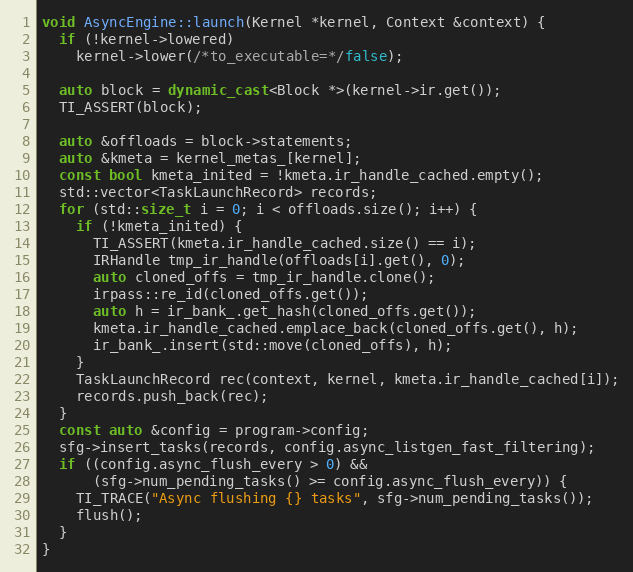
Language: C++
void AsyncEngine::launch(Kernel *kernel, Context &context) {
  if (!kernel->lowered)
    kernel->lower(/*to_executable=*/false);

  auto block = dynamic_cast<Block *>(kernel->ir.get());
  TI_ASSERT(block);

  auto &offloads = block->statements;
  auto &kmeta = kernel_metas_[kernel];
  const bool kmeta_inited = !kmeta.ir_handle_cached.empty();
  std::vector<TaskLaunchRecord> records;
  for (std::size_t i = 0; i < offloads.size(); i++) {
    if (!kmeta_inited) {
      TI_ASSERT(kmeta.ir_handle_cached.size() == i);
      IRHandle tmp_ir_handle(offloads[i].get(), 0);
      auto cloned_offs = tmp_ir_handle.clone();
      irpass::re_id(cloned_offs.get());
      auto h = ir_bank_.get_hash(cloned_offs.get());
      kmeta.ir_handle_cached.emplace_back(cloned_offs.get(), h);
      ir_bank_.insert(std::move(cloned_offs), h);
    }
    TaskLaunchRecord rec(context, kernel, kmeta.ir_handle_cached[i]);
    records.push_back(rec);
  }
  const auto &config = program->config;
  sfg->insert_tasks(records, config.async_listgen_fast_filtering);
  if ((config.async_flush_every > 0) &&
      (sfg->num_pending_tasks() >= config.async_flush_every)) {
    TI_TRACE("Async flushing {} tasks", sfg->num_pending_tasks());
    flush();
  }
}